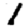
Digit: 1